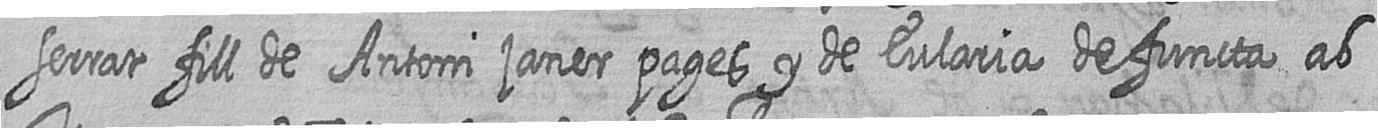
serrat fill de Antoni janer pages y de Eularia defuncta ab